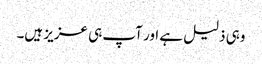
وہی ذلیل ہے اور آپ ہی عزیز ہیں۔